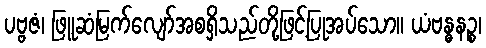
ပဗ္ဗဇံ၊ ဖြူဆံမြက်လျော်အစရှိသည်တို့ဖြင့်ပြုအပ်သော။ ယံဗန္ဓနဉ္စ၊